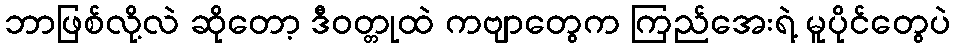
ဘာဖြစ်လို့လဲ ဆိုတော့ ဒီဝတ္တုထဲ ကဗျာတွေက ကြည်အေးရဲ့ မူပိုင်တွေပဲ